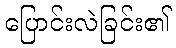
ပြောင်းလဲခြင်း၏